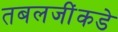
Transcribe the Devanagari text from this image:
तबलजींकडे